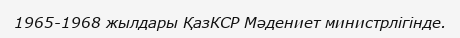
1965-1968 жылдары ҚазКСР Мәдениет министрлігінде.